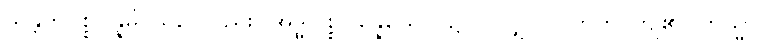
သန္တတိပစ္စုပ္ပန္နမ္ပိ၊ သည်လည်း။ အဒ္ဓါပစ္စုပ္ပန္နေယေဝ၊ ၌သာလျှင်။ ပတတိ၊ ကျ၏။ တသ္မာ၊